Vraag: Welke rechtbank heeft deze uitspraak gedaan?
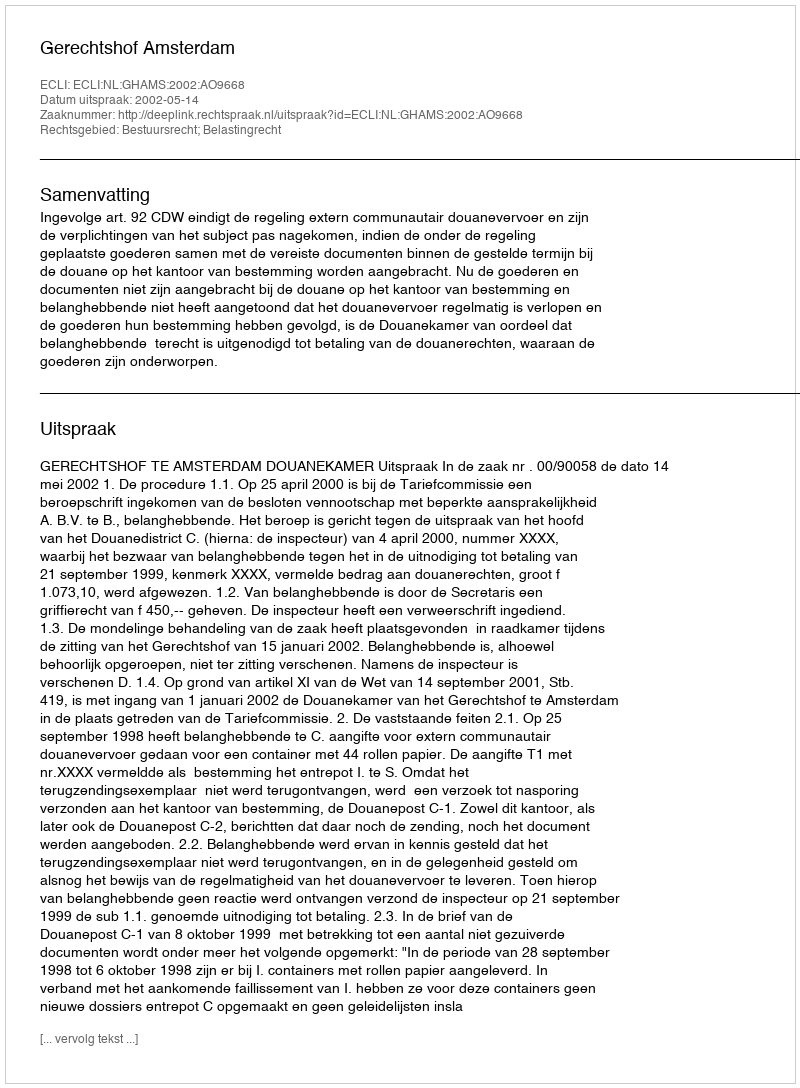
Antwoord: Gerechtshof Amsterdam